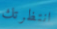
انتظرتك